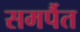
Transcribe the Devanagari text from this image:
समर्पैत